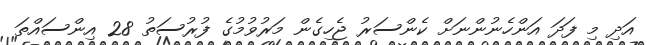
އަދި މި ފަދަ އަންހެނުންނަށް ކެންސަރު ޖެހިގެން މަރުވުމުގެ ފުރުސަތު 28 އިންސައްތަ